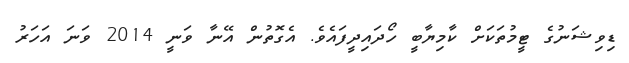
ޑިވިޝަނުގެ ޓީމުތަކަށް ކާމިޔާބީ ހޯދައިދީފައެވެ. އެގޮތުން އޭނާ ވަނީ 2014 ވަނަ އަހަރު